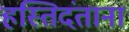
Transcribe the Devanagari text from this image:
हस्तिदंताना